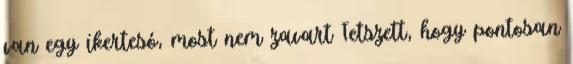
van egy ikertesó, most nem zavart Tetszett, hogy pontosan